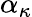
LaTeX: \alpha_{\kappa}